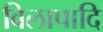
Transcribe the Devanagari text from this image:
विलापादि